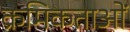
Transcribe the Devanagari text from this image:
क्रमिकताओं